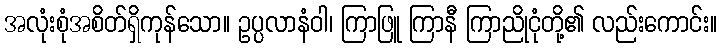
အလုံးစုံအစိတ်ရှိကုန်သော။ ဥပ္ပလာနံဝါ၊ ကြာဖြူ ကြာနီ ကြာညိုငုံတို့၏ လည်းကောင်း။